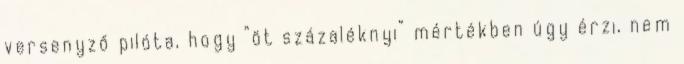
versenyző pilóta, hogy “öt százaléknyi” mértékben úgy érzi, nem